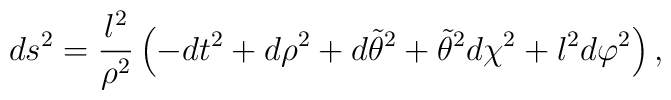
ds^2 =\frac{l^2}{\rho^2}\left( -dt^2 + d\rho^2 +d\tilde \theta^2 +\tilde\theta^2 d\chi^2 +l^2 d\varphi^2\right),